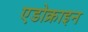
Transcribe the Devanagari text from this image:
एडोक्राइन